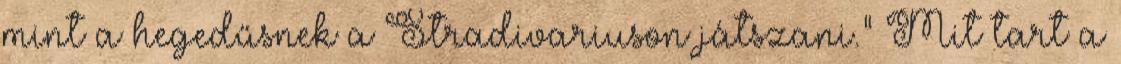
mint a hegedűsnek a Stradivariuson játszani." Mit tart a